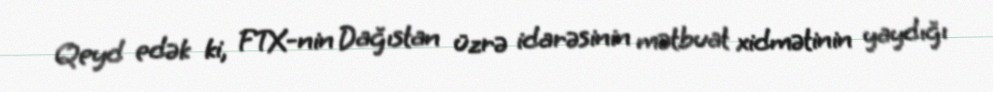
Qeyd edək ki, FTX-nin Dağıstan üzrə idarəsinin mətbuat xidmətinin yaydığı